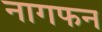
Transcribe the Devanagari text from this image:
नागफन